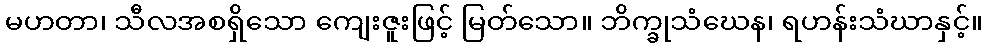
မဟတာ၊ သီလအစရှိသော ကျေးဇူးဖြင့် မြတ်သော။ ဘိက္ခုသံဃေန၊ ရဟန်းသံဃာနှင့်။